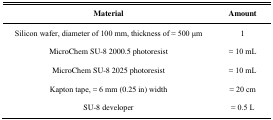
| Material | Amount |
 | --- | --- |
 | Silicon wafer, diameter of 100 mm, thickness of ≈ 500 μm | 1 |
 | MicroChem SU-8 2000.5 photoresist | ≈ 10 mL |
 | MicroChem SU-8 2025 photoresist | ≈ 10 mL |
 | Kapton tape, ≈ 6 mm (0.25 in) width | ≈ 20 cm |
 | SU-8 developer | ≈ 0.5 L |